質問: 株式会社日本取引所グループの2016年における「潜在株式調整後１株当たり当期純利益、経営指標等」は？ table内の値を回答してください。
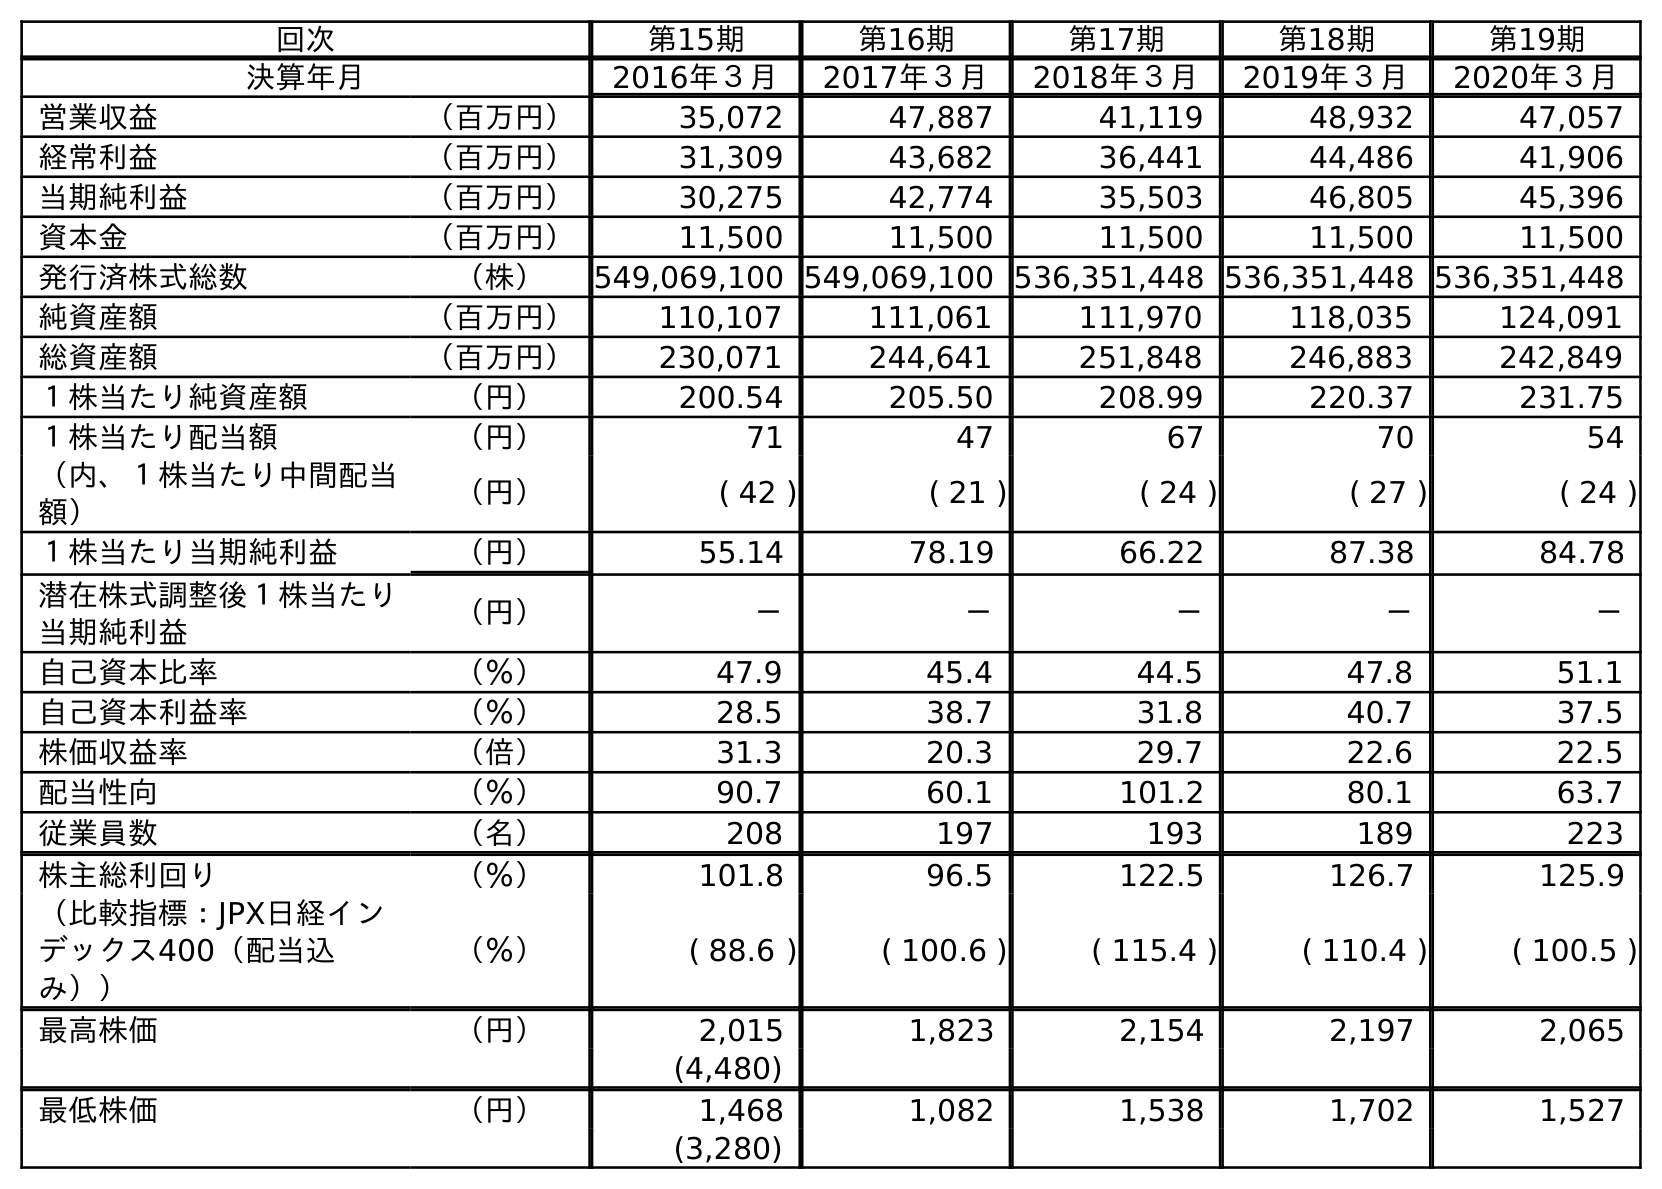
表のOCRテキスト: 回次 第15期 第16期 第17期 第18期 第19期 決算年月 2016年３月 2017年３月 2018年３月 2019年３月 2020年３月 営業収益 （百万円） 35,072 47,887 41,119 48,932 47,057 経常利益 （百万円） 31,309 43,682 36,441 44,486 41,906 当期純利益 （百万円） 30,275 42,774 35,503 46,805 45,396 資本金 （百万円） 11,500 11,500 11,500 11,500 11,500 発行済株式総数 （株） 549,069,100 549,069,100 536,351,448 536,351,448 536,351,448 純資産額 （百万円） 110,107 111,061 111,970 118,035 124,091 総資産額 （百万円） 230,071 244,641 251,848 246,883 242,849 １株当たり純資産額 （円） 200.54 205.50 208.99 220.37 231.75 １株当たり配当額 （円） 71 47 67 70 54 （内、１株当たり中間配当 額） （円） ( 42 ) ( 21 ) ( 24 ) ( 27 ) ( 24 ) １株当たり当期純利益 （円） 55.14 78.19 66.22 87.38 84.78 潜在株式調整後１株当たり 当期純利益 （円） － － － － － 自己資本比率 （％） 47.9 45.4 44.5 47.8 51.1 自己資本利益率 （％） 28.5 38.7 31.8 40.7 37.5 株価収益率 （倍） 31.3 20.3 29.7 22.6 22.5 配当性向 （％） 90.7 60.1 101.2 80.1 63.7 従業員数 （名） 208 197 193 189 223 株主総利回り （％） 101.8 96.5 122.5 126.7 125.9 （比較指標：JPX日経イン デックス400（配当込 み）） （％） ( 88.6 ) ( 100.6 ) ( 115.4 ) ( 110.4 ) ( 100.5 ) 最高株価 （円） 2,015 1,823 2,154 2,197 2,065 (4,480) 最低株価 （円） 1,468 1,082 1,538 1,702 1,527 (3,280)
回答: －